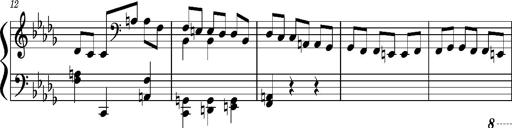
Title: Concerto sans orchestre, S.524a
Composer: Franz Liszt
Key: A major